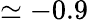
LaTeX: \simeq-0.9